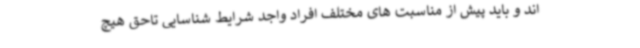
اند و باید پیش از مناسبت های مختلف افراد واجد شرایط شناسایی تاحق هیچ